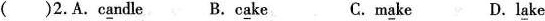
( )2.A. c\underline{a}ndle B. c\underline{a}ke C. m\underline{a}ke D. l\underline{a}ke